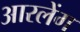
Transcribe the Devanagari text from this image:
आरलेंग